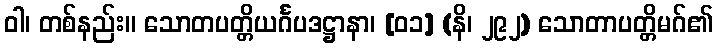
ဝါ၊ တစ်နည်း။ သောတပတ္တိယင်္ဂပဒဋ္ဌာနာ၊ [၀၁] (နိ၊ ၂၉၂) သောတာပတ္တိမဂ်၏